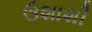
ઉશાશી